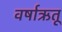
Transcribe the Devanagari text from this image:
वर्षाऋतू